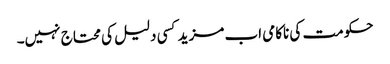
حکومت کی ناکامی اب مزید کسی دلیل کی محتاج نہیں۔